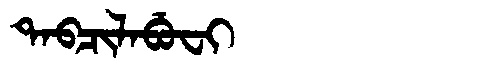
Manchu: ᡨᠠᠪᠴᡳᠯᠠᠪᡠᠸᡳ
Romanization: TABCILABUFI